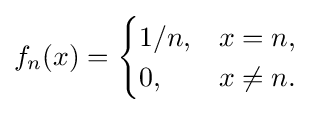
f_{n}(x)={\begin{cases}1/n,&x=n,\\0,&x\neq n.\end{cases}}